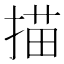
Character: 描